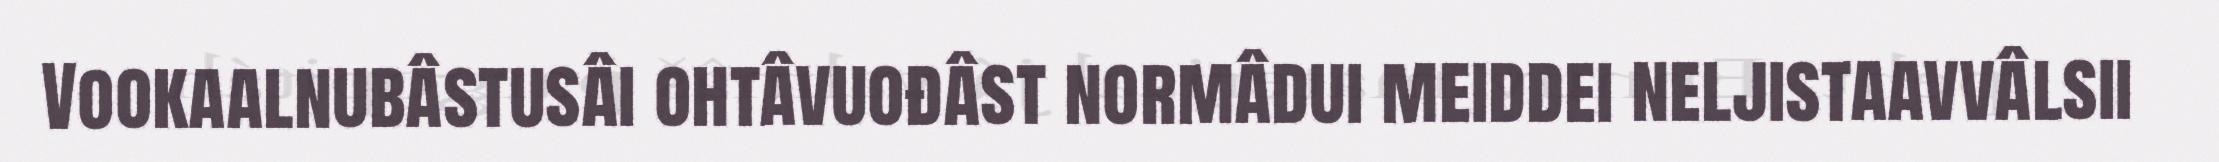
Vookaalnubâstusâi ohtâvuođâst normâdui meiddei neljistaavvâlsii